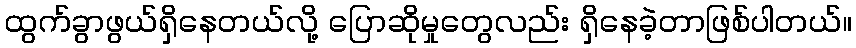
ထွက်ခွာဖွယ်ရှိနေတယ်လို့ ပြောဆိုမှုတွေလည်း ရှိနေခဲ့တာဖြစ်ပါတယ်။